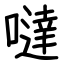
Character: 噠